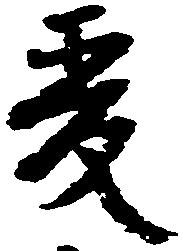
爰